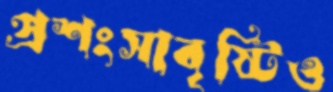
প্রশংসাবৃষ্টিও